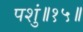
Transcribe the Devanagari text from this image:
पशुं॥१५॥